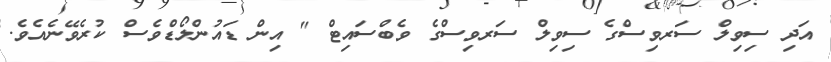
އަދި ސިވިލް ސަރވިސްގެ ސިވިލް ސަރވިސްގެ ވެބްސައިޓް " އިން ޑައުންލޯޑްވެސް ކުރެވޭނެއެވެ.